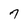
Character: 7